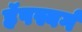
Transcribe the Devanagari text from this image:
हॅपस्बर्ग